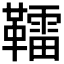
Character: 𩍢